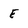
Character: E